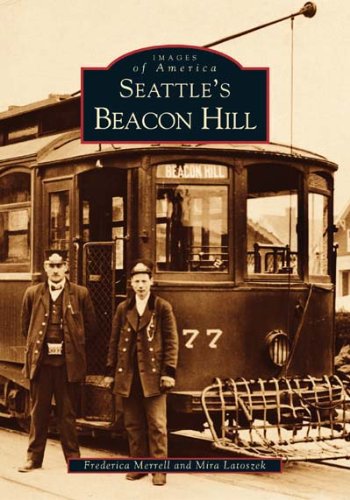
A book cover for Seattle's Beacon Hill (Images of America: Washington); Frederica Merrell; Travel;